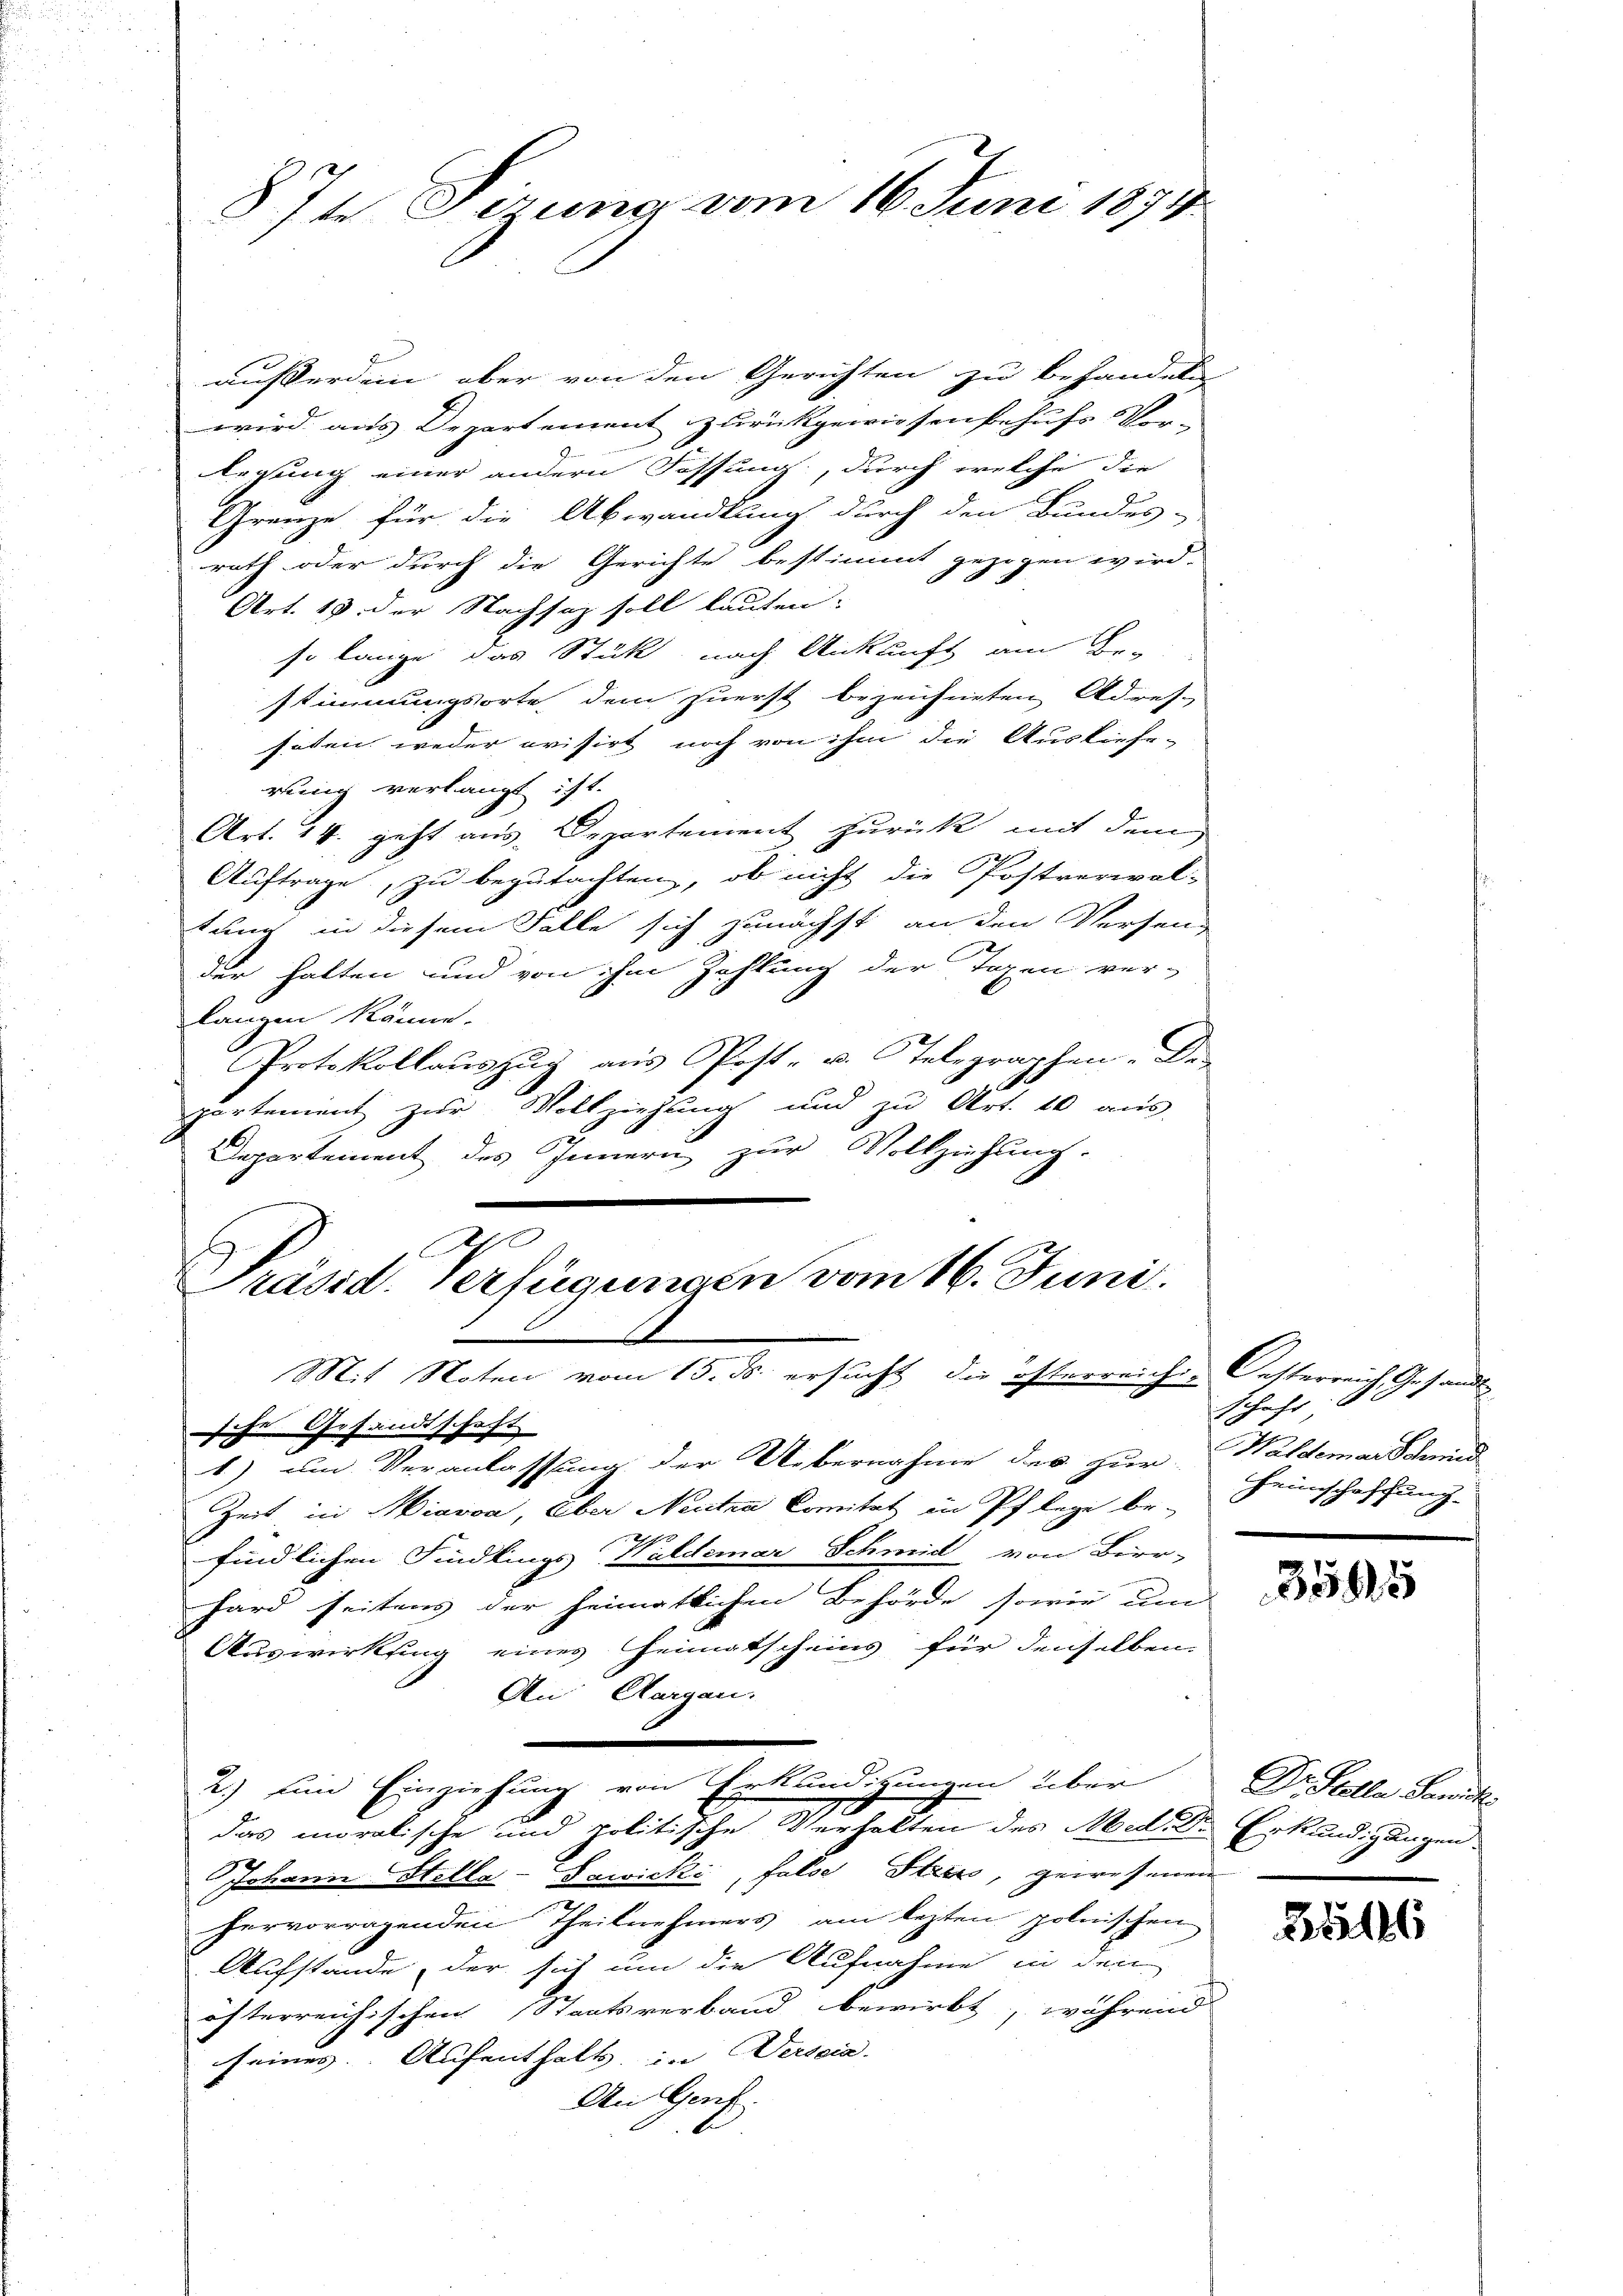
Mit Noten vom 15. ds. ersucht die österreiches Oesterreich Gesandt-
sche Gesandtschaft

87te Sizung vom 16. Juni 1874.

außerden, aber von den Gerichten zu behandeln
wird aus Departement zurückgewiesen behufs Ver-
lesung einer andern Fassung, durch welche die
Grenze für die Abwandlung durch den Bundes-
rath oder durch die Gerichte bestimmt gezogen wird.
ich
Art. 19 der Nachsatz soll lauten.
so lange das Stück nach Ankunft am Be-
stimmungsorte dem zuerst bezeichneten Adres-
hoten weder orisirt noch von ihm die Ausliefe-
rung verlangt ist.
Art. 14. geht aus Departement zurück mit dem
Auftrage, zu begutachten, ob nicht die Postverwal-
tung in diesem Falle sich zunächst an den Versen-
der halten und von ihm Zahlung der Tagen ver-
langen könne.
Protokollauszug aus Post- u. Telegraphen. De-
partement zur Vollziehung und zu Art. 10 aus-
Departement des Innern zur Volkziehung.
As
Präsid. Verfügungen vom 16. Juni.

1) um Veranlassung der Uebernahme des zur Waldemarschrend
Zeit in Hievon, aber Neutra Comitat in Pflege be-
u
findlichen Findlings Waldemar Schmid von Birr-
hard seitens der heimatlichen Behörde sowie um
Auswirkung eines Heimatscheins für denselben
An Aargau.
2) und Einziehung von Erkundigungen über
g
das moralische und politische Verhalten des Med. Dr Erkundigungen
Johann Stella-Sawicki, false Steres, gewesenen
hervorragenden Theilnehmers am lezten polnischen
Aufstande, der sich um die Aufnahme in den
öfterreichischen Staatsverband bewirbt, während
seines Aufenthalt, in Verscia
An Genf.

Schaft
Heimschaffung.

3595

Dr. Sella Sanit

Balls